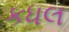
કધલ